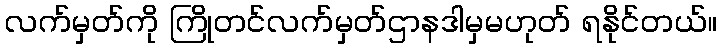
လက်မှတ်ကို ကြိုတင်လက်မှတ်ဌာနဒါမှမဟုတ် ရနိုင်တယ်။